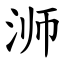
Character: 浉